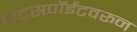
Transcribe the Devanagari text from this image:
केट्सपॉईंटवरून